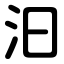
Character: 汩